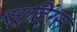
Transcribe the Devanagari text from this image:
सूटिंग्स